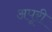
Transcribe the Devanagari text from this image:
अपूरी